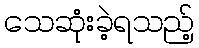
သေဆုံးခဲ့ရသည့်